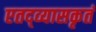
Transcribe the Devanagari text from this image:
एतद्व्यासकृतं